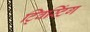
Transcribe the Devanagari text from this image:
ट्विस्टिंग